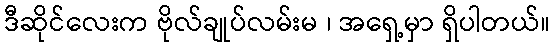
ဒီဆိုင်လေးက ဗိုလ်ချုပ်လမ်းမ ၊ အရှေ့မှာ ရှိပါတယ်။